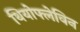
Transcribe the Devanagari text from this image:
थियोफ्लेविन